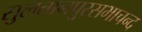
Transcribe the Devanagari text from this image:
सुलतानपुरसभाचन्द